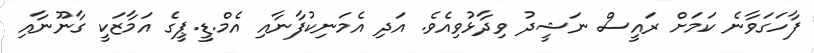
ފާހަގަވާނެ ކަމަށް ރައީސް ނަޝީދު ވިދާޅުވިއެވެ. އަދި އެމަނިކުފާނާއި އެމް.ޑީ.ޕީގެ އަމާޒަކީ ގާނޫނާއި